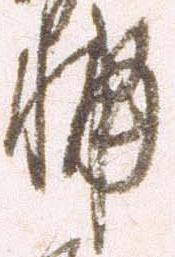
輔